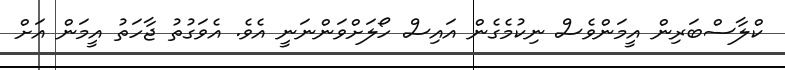
ކްލާސްބަރިން އީމަންވެސް ނިކުމެގެން އައިސް ހޯލަށްވަންނަނީ އެވެ. އެވަގުތު ޖާހަތު އީމަން އަށް